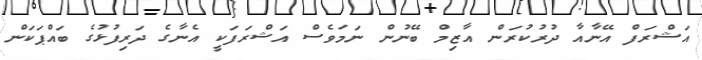
އަޝްރަފް އޭނާއާ ދުރުކުރަން އާޒިމް ބޭނުން ނަމަވެސް އަޝްރަފަކީ އެނާގެ ދަރިފުޅުގެ ބައްޕަކަން